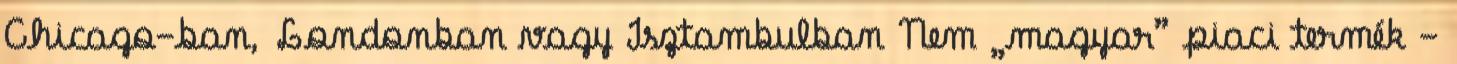
Chicago-ban, Londonban vagy Isztambulban Nem „magyar” piaci termék -